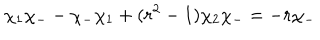
\chi _ { 1 } \chi _ { - } - \chi _ { - } \chi _ { 1 } + ( r ^ { 2 } - 1 ) \chi _ { 2 } \chi _ { - } = - r \chi _ { - }